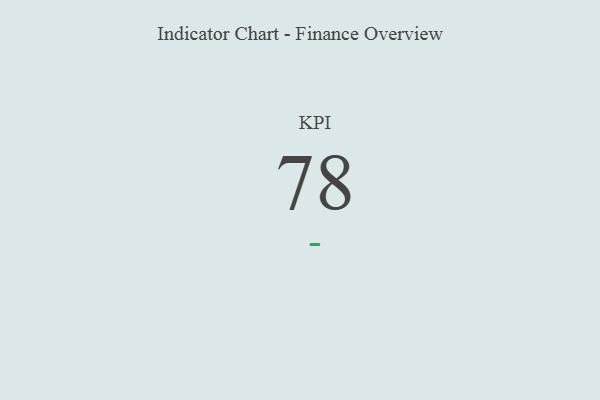
{"axis": {"x": "KPI", "y": "Value"}, "legend": [""], "data": [{"x": "KPI", "y": 78, "type": ""}]}